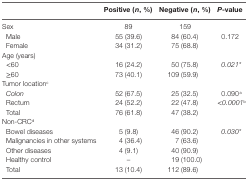
<table><thead><tr><td></td><td><b>Positive (<i>n</i>, %)</b></td><td><b>Negative (<i>n</i>, %)</b></td><td><b><i>P</i>-value</b></td></tr></thead><tbody><tr><td>Sex</td><td>89</td><td>159</td><td></td></tr><tr><td> Male</td><td>55 (39.6)</td><td>84 (60.4)</td><td>0.172</td></tr><tr><td> Female</td><td>34 (31.2)</td><td>75 (68.8)</td><td></td></tr><tr><td colspan="4">Age (years)</td></tr><tr><td> &lt;60</td><td>16 (24.2)</td><td>50 (75.8)</td><td><i>0.021</i>*</td></tr><tr><td> ≥60</td><td>73 (40.1)</td><td>109 (59.9)</td><td></td></tr><tr><td colspan="4">Tumor location<sup>c</sup></td></tr><tr><td> <i>Colon</i></td><td>52 (67.5)</td><td>25 (32.5)</td><td>0.090<sup>a</sup></td></tr><tr><td> Rectum</td><td>24 (52.2)</td><td>22 (47.8)</td><td>&lt;<i>0.0001</i><sup>b</sup></td></tr><tr><td> Total</td><td>76 (61.8)</td><td>47 (38.2)</td><td></td></tr><tr><td colspan="4">Non-CRC<sup>d</sup></td></tr><tr><td> Bowel diseases</td><td>5 (9.8)</td><td>46 (90.2)</td><td><i>0.030</i>*</td></tr><tr><td> Malignancies in other systems</td><td>4 (36.4)</td><td>7 (63.6)</td><td></td></tr><tr><td> Other diseases</td><td>4 (9.1)</td><td>40 (90.9)</td><td></td></tr><tr><td> Healthy control</td><td>–</td><td>19 (100.0)</td><td></td></tr><tr><td> Total</td><td>13 (10.4)</td><td>112 (89.6)</td><td></td></tr></tbody></table>